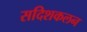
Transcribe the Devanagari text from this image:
सदिशकलन